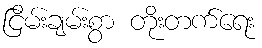
ငြိမ်းချမ်းစွာ တိုးတက်ရေး